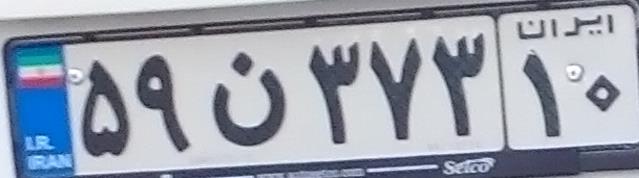
۵۹ن۳۷۳۱۰